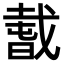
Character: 𢧭